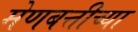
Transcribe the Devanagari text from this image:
मेणबत्तीच्या